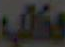
مكتب